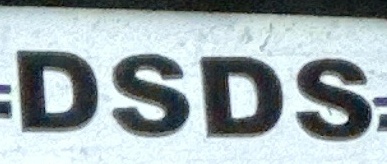
DSDS